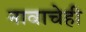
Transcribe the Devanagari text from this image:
नावाचेही